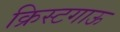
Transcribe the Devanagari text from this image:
क्रिस्टगाऊ